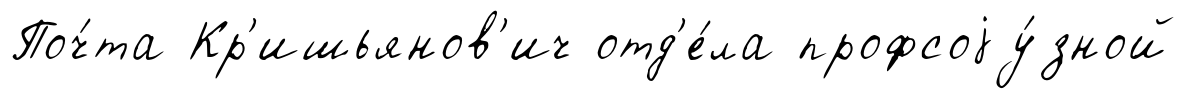
Поч́та Кр'ишьянов'ич отд'е́ла профсоjу́зной